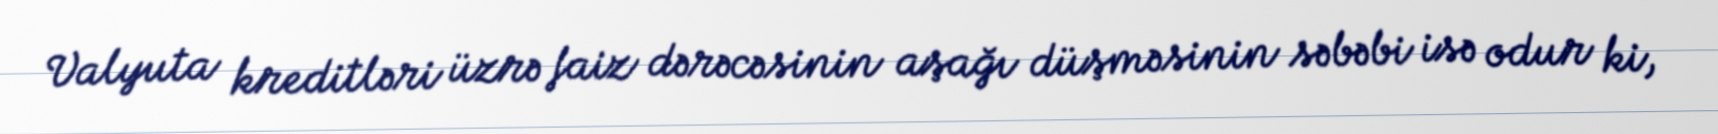
Valyuta kreditləri üzrə faiz dərəcəsinin aşağı düşməsinin səbəbi isə odur ki,